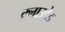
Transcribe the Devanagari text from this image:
क्लाउडेड